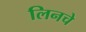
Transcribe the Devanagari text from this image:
लिनचे